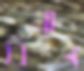
বিমান